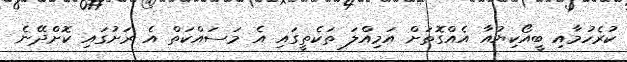
ކުރެހުމާއި ބީއޯކިޔުއާ އެއްގޮތަށް އަމިއްލަ ތަކެތީގައި އެ މަސައްކަތް އެ ރަށުގައި ކޮށްދޭނެ